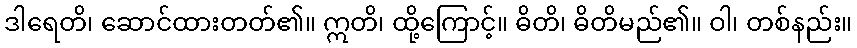
ဒါရေတိ၊ ဆောင်ထားတတ်၏။ ဣတိ၊ ထို့ကြောင့်။ ဓိတိ၊ ဓိတိမည်၏။ ဝါ၊ တစ်နည်း။